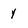
Character: y